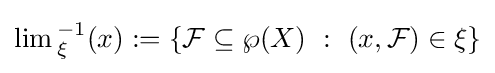
\lim {}_{\xi }^{-1}(x):=\left\{{\mathcal {F}}\subseteq \wp (X)~:~\left(x,{\mathcal {F}}\right)\in \xi \right\}